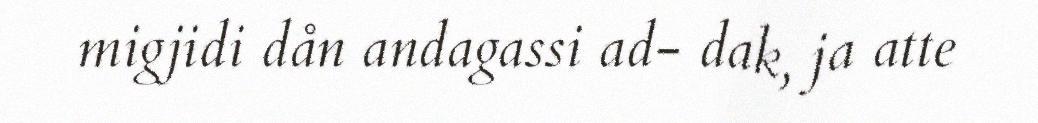
migjidi dån andagassi ad- dak, ja atte